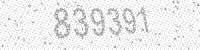
Solution: 839391